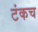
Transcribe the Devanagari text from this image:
टंकच